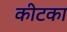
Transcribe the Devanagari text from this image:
कीटका